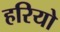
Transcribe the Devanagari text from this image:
हरियो